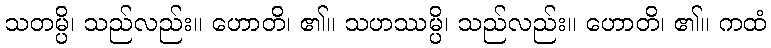
သတမ္ပိ၊ သည်လည်း။ ဟောတိ၊ ၏။ သဟဿမ္ပိ၊ သည်လည်း။ ဟောတိ၊ ၏။ ကထံ